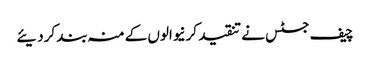
چیف جسٹس نے تنقید کرنیوالوں کے منہ بند کردیئے